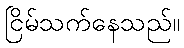
ငြိမ်သက်နေသည်။